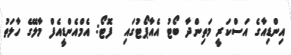
އިންޑިއާގެ އަސްކަރީ މަތިންދާ ބޯޓު އެއާޕޯޓުގައި  ފޮޓޯ: އެމްއެންޑީއެފް މާލޭގެ ހާލަތު